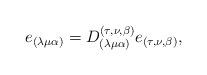
LaTeX: \begin{align*}e_{(\lambda\mu\alpha)}=D_{(\lambda\mu\alpha)}^{(\tau,\nu,\beta)}e_{(\tau,\nu,\beta)},\end{align*}